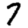
Digit: 7